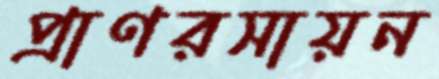
প্রাণরসায়ন